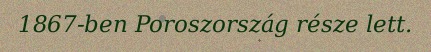
1867-ben Poroszország része lett.